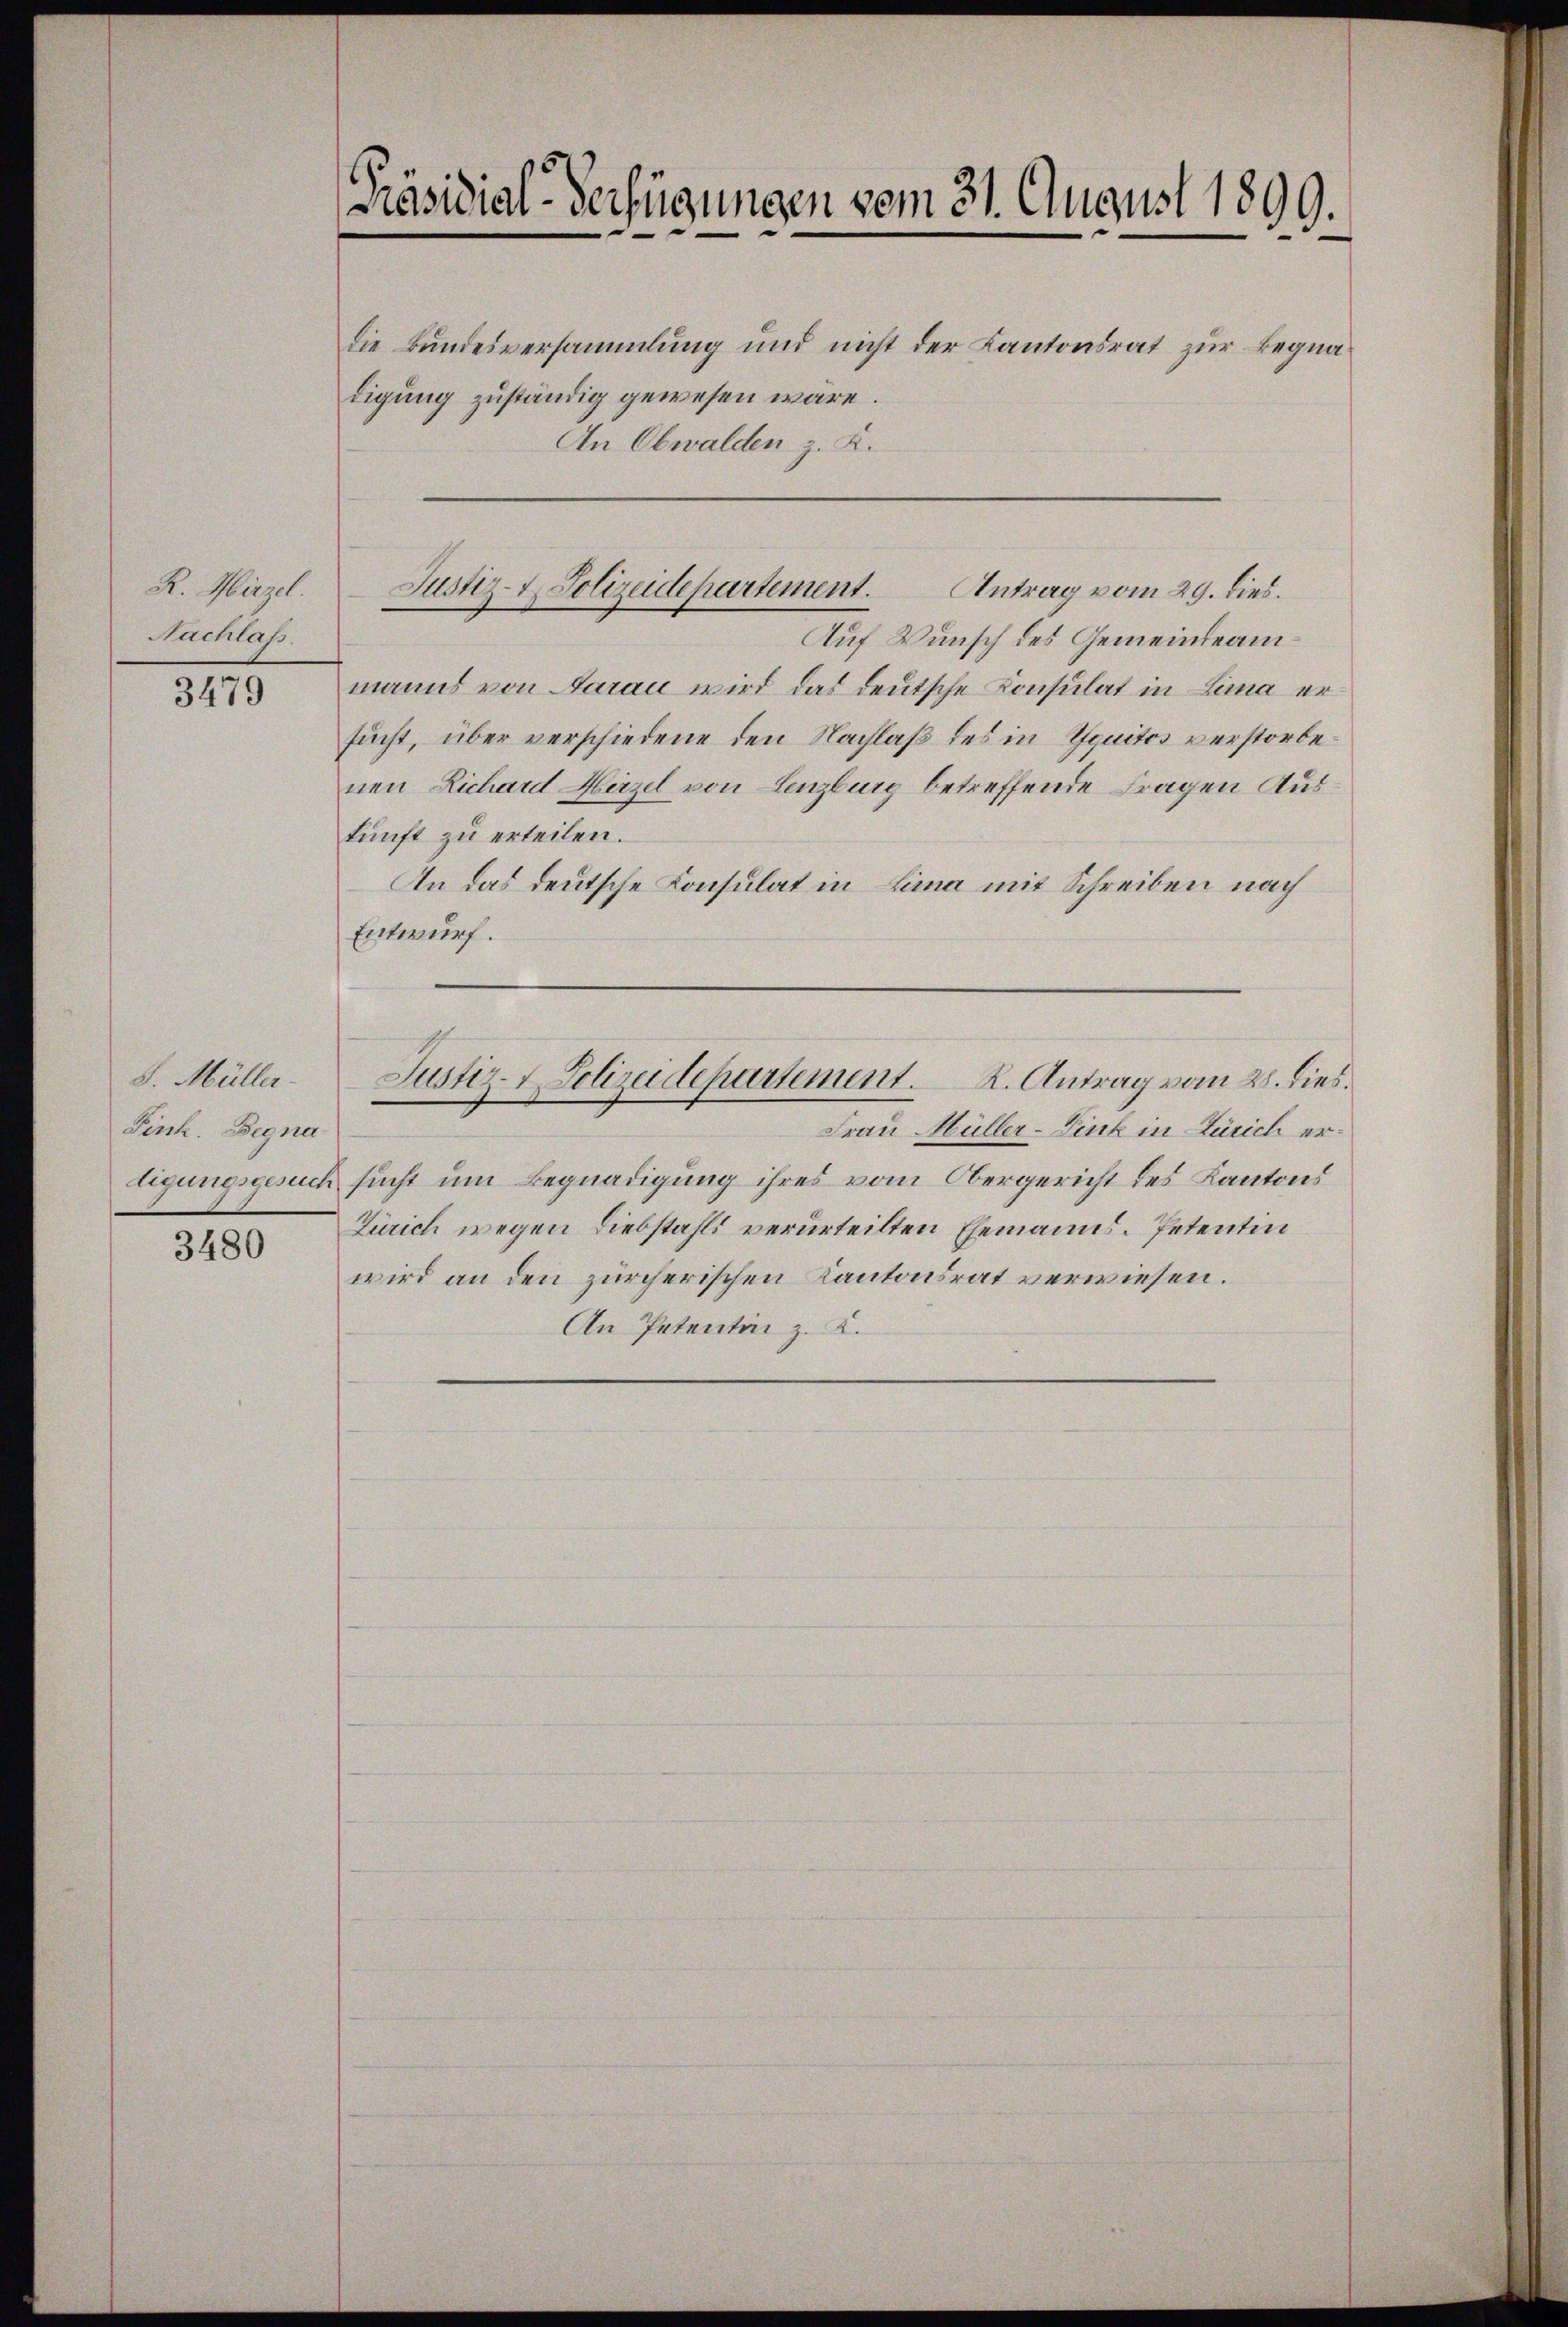
R. Hirzel.
Nachlass.

3479

S. Müller-
Fink. Begna¬

3480

die Bundesversammlung und nicht der Kantonsrat zur Begnadigung zuständig gewesen wäre.
An Obwalden z. K.
Auf Wunsch des Gemeindeammanns von Aarau wird das deutsche Konsulat in Lina ersucht, über verschiedene den Nachlaß des in Esquitos verstorbenen Richard Hirzel von Lenzburg betreffende Fragen Auskunft zu erteilen.
An das deutsche Konsulat in Lina mit Schreiben nach
Entwurf.

Präsidial-Verfügungen vom 31. August 1899.

Justiz- & Polizeidepartement.
Antrag vom 29. dies.

Frau Müller-Link in Zürich erligungsgesuch sucht um Begnadigung ihres vom Obergericht des Kantons
Zürich wegen Liebstahls verurteilten Ehemanns. Petentin
wird an den zürcherischen Kantonsrat verwiesen.
An Patentin z. K.

Justiz- & Polizeidepartement.
R. Antrag vom 28. dies.